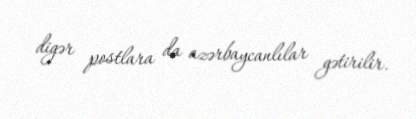
digər postlara da azərbaycanlılar gətirilir.